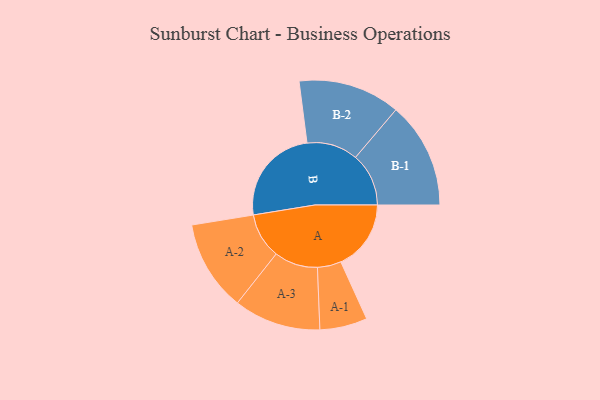
{"axis": {"x": "Segment", "y": "Value"}, "legend": ["", "A", "B"], "data": [{"x": "A", "y": 334, "type": ""}, {"x": "B", "y": 468, "type": ""}, {"x": "A-1", "y": 113, "type": "A"}, {"x": "A-2", "y": 216, "type": "A"}, {"x": "A-3", "y": 207, "type": "A"}, {"x": "B-1", "y": 253, "type": "B"}, {"x": "B-2", "y": 243, "type": "B"}]}